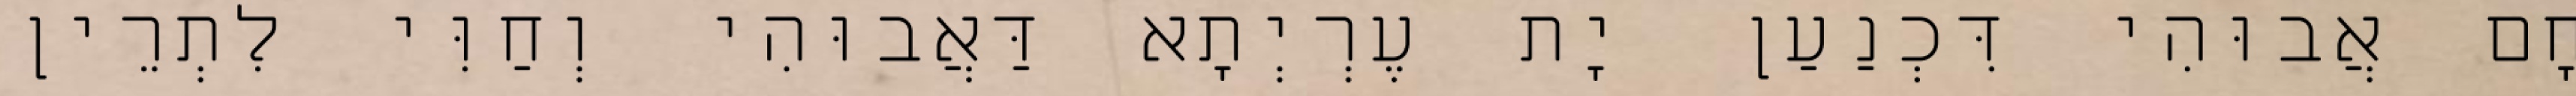
חָם אֲבוּהִי דִּכְנַעַן יָת עֶרְיְתָא דַּאֲבוּהִי וְחַוִּי לִתְרֵין